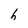
Character: h